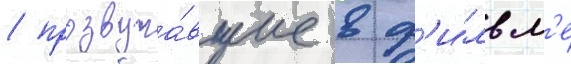
/ прозвуча́вшие в ф'и́льм'е